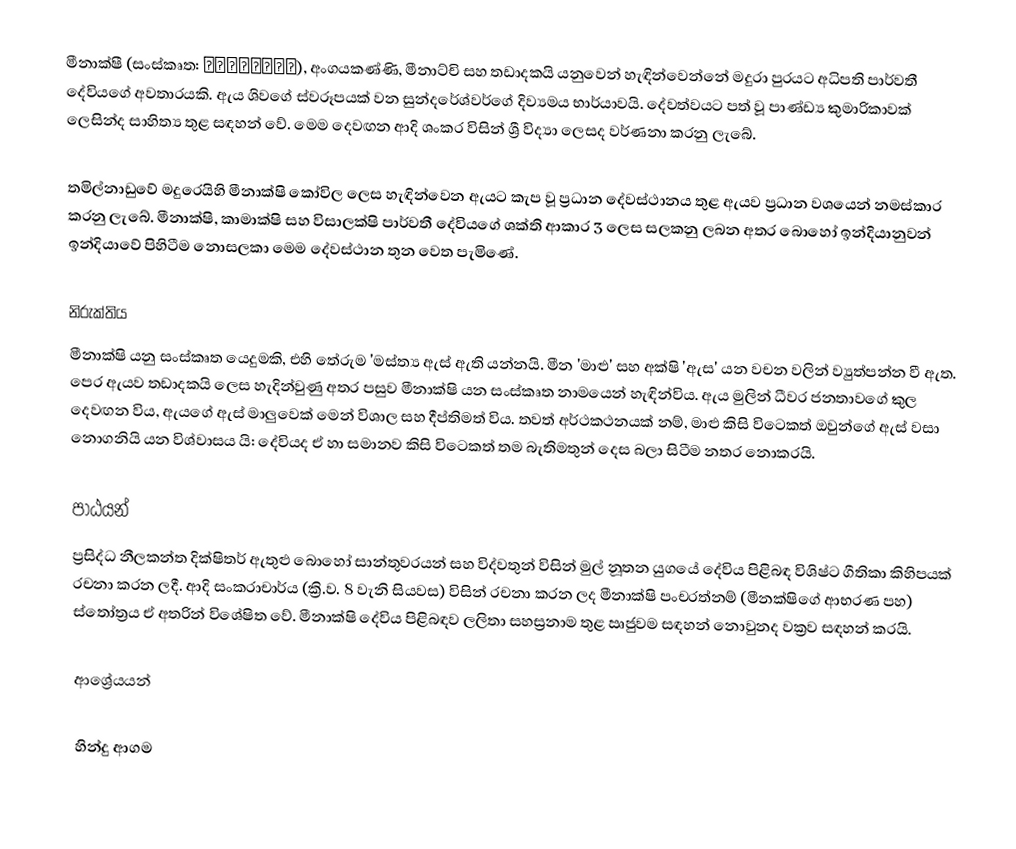
මීනාක්ෂී (සංස්කෘත: मीनाक्षी), අංගයකණ්ණි, මීනාට්චි සහ තඩාදකයි යනුවෙන් හැඳින්වෙන්නේ මදුරා පුරයට අධිපති පාර්වතී දේවියගේ අවතාරයකි. ඇය ශිවගේ ස්වරූපයක් වන සුන්දරේශ්වර්ගේ දිව්‍යමය භාර්යාවයි. දේවත්වයට පත් වූ පාණ්ඩ්‍ය කුමාරිකාවක් ලෙසින්ද සාහිත්‍ය තුළ සඳහන් වේ. මෙම දෙවඟන ​​ආදි ශංකර විසින් ශ්‍රී විද්‍යා ලෙසද වර්ණනා කරනු ලැබේ.

තමිල්නාඩුවේ මදුරෙයිහි මීනාක්ෂි කෝවිල ලෙස හැඳින්වෙන ඇයට කැප වූ ප්‍රධාන දේවස්ථානය තුළ ඇයව ප්‍රධාන වශයෙන් නමස්කාර කරනු ලැබේ. මීනාක්ෂි, කාමාක්ෂි සහ විසාලක්ෂි පාර්වතී දේවියගේ ශක්ති ආකාර 3 ලෙස සලකනු ලබන අතර බොහෝ ඉන්දියානුවන් ඉන්දියාවේ පිහිටීම නොසලකා මෙම දේවස්ථාන තුන වෙත පැමිණේ.

නිරුක්තිය
මීනාක්ෂි යනු සංස්කෘත යෙදුමකි, එහි තේරුම 'මස්ත්‍ය ඇස් ඇති යන්නයි. මීන 'මාළු' සහ අක්ෂි 'ඇස' යන වචන වලින් ව්‍යුත්පන්න වී ඇත. පෙර ඇයව තඩාදකයි ලෙස හැදින්වුණු අතර පසුව මීනාක්ෂි යන සංස්කෘත නාමයෙන් හැඳින්විය. ඇය මුලින් ධීවර ජනතාවගේ කුල දෙවඟන විය, ඇයගේ ඇස් මාලුවෙක් මෙන් විශාල සහ දීප්තිමත් විය. තවත් අර්ථකථනයක් නම්, මාළු කිසි විටෙකත් ඔවුන්ගේ ඇස් වසා නොගනියි යන විශ්වාසය යි: දේවියද ඒ හා සමානව කිසි විටෙකත් තම බැතිමතුන් දෙස බලා සිටීම නතර නොකරයි.

පාඨයන්
ප්‍රසිද්ධ නීලකන්ත දික්ෂිතර් ඇතුළු බොහෝ සාන්තුවරයන් සහ විද්වතුන් විසින් මුල් නූතන යුගයේ දේවිය පිළිබඳ විශිෂ්ට ගීතිකා කිහිපයක් රචනා කරන ලදී. ආදි සංකරාචාර්ය (ක්‍රි.ව. 8 වැනි සියවස) විසින් රචනා කරන ලද මීනාක්ෂි පංචරත්නම් (මීනක්ෂිගේ ආභරණ පහ) ස්තෝත්‍රය ඒ අතරින් විශේෂිත වේ. මීනාක්ෂි දේවිය පිළිබඳව ලලිතා සහස්‍රනාම තුළ ඍජුවම සඳහන් නොවුනද වක්‍රව සඳහන් කරයි.

ආශ්‍රේයයන්

හින්දු ආගම